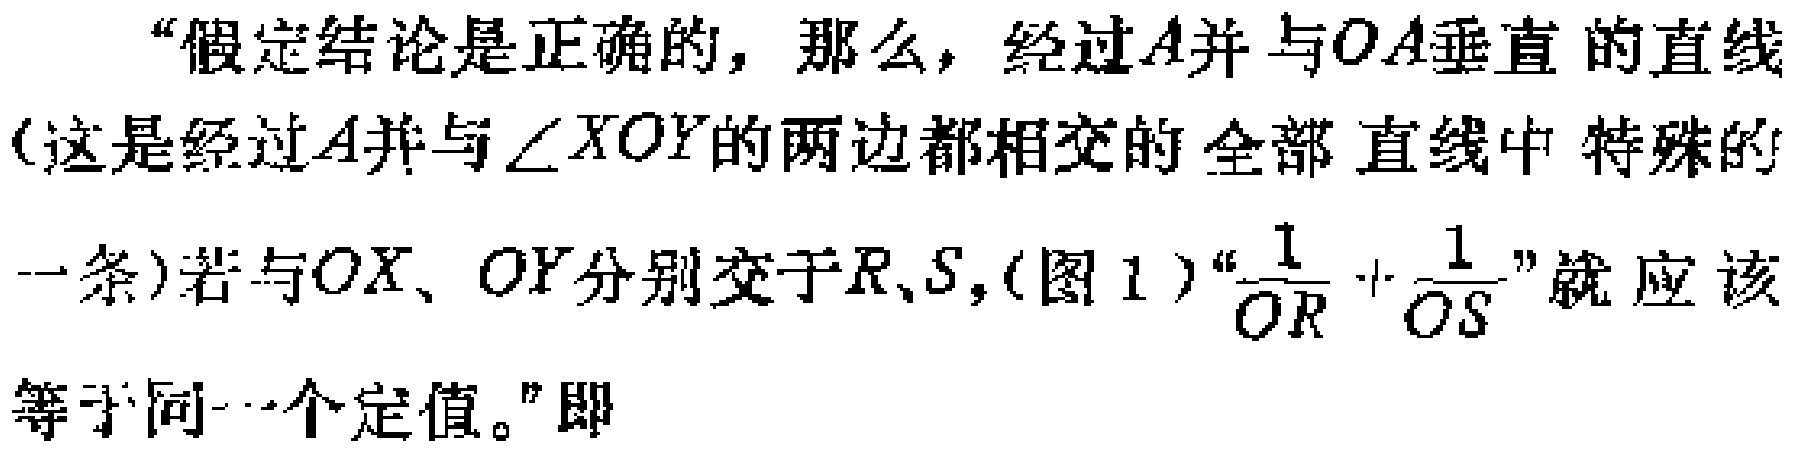
“假定结论是正确的，那么，经过\(A\)并与\(OA\)垂直的直线（这是经过\(A\)并与\(\angle XOY\)的两边都相交的全部直线中特殊的一条）若与\(OX\)、\(OY\)分别交于\(R\)、\(S\)，(图 1)“\(\frac{1}{OR}+\frac{1}{OS}\)”就应该等于同一个定值。”即